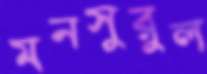
মনসুরুল